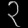
Digit: ၃